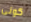
كونى